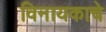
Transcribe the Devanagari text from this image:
विनायकाचे